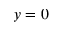
y = 0